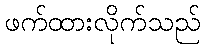
ဖက်ထားလိုက်သည်